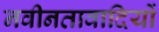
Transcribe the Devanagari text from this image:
नवीनतावादियों